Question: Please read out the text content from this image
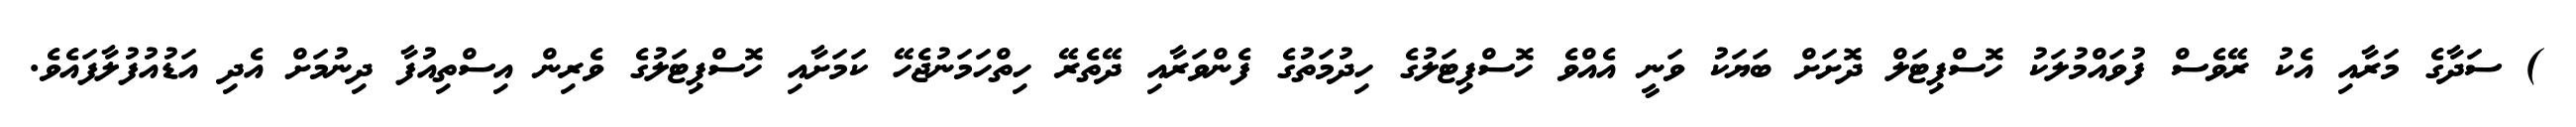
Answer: ) ސަދާގެ މަރާއި އެކު ރޭވެސް ފުވައްމުލަކު ހޮސްޕިޓަލް ދޮށަށް ބަޔަކު ވަނީ އެއްވެ ހޮސްޕިޓަލުގެ ހިދުމަތުގެ ފެންވަރާއި ދޭތެރޭ ހިތްހަމަނުޖެހޭ ކަމަށާއި ހޮސްޕިޓަލުގެ ވެރިން އިސްތިއުފާ ދިނުމަށް އެދި އަޑުއުފުލާފައެވެ.